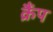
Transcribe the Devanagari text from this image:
क्रैंप